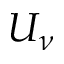
U _ { \nu }